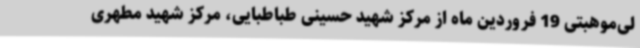
لی‌موهبتی 19 فروردین ماه از مرکز شهید حسینی طباطبایی، مرکز شهید مطهری